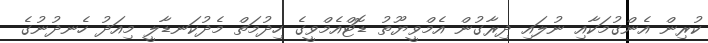
ކުރިން އެންގުމަކާއި ނުލައި ދިރާގުން އެމްވީޔޫތު ޑޮޓްއެމްވީގެ ހިދުމަތް މެދުކަނޑާލީ މިއަދު ހެނދުނުގެ